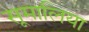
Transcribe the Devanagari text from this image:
सूमालिया